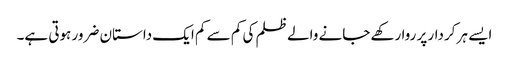
ایسے ہر کردار پر روا رکھے جانے والے ظلم کی کم سے کم ایک داستان ضرور ہوتی ہے۔